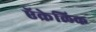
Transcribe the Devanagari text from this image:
ऍक्रेलिक